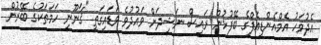
އެދުވަހު އެމްއެންޑީއެފްގެ ބޭފުޅުން ރައީސް ނަޝީދަށް ވައުދުވެ ވަޑައިގަތީ "ޤާނޫނީ ހަމަތަކުގެ ބޭރުން